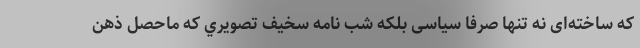
که ساخته‌ای نه تنها صرفا سیاسی بلكه شب نامه سخيف تصويري كه ماحصل ذهن